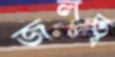
জলত্ব